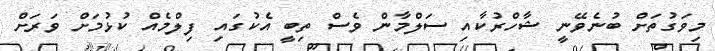
މިވަގުތަށް ބުނެވޭނީ ޝާހްރުކާއި ސަލްމާން ވެސް ތިބީ އެކުގައި ފިލްމެއް ކުޅުމަށް ވަރަށް